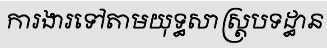
ការងារទៅតាមយុទ្ធសាស្ត្របទដ្ធាន